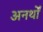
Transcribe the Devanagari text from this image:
अनर्थों